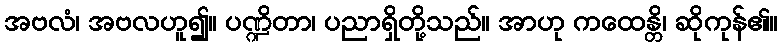
အဗလံ၊ အဗလဟူ၍။ ပဏ္ဍိတာ၊ ပညာရှိတို့သည်။ အာဟု ကထေန္တိ၊ ဆိုကုန်၏။